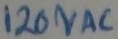
Text: 120VAC